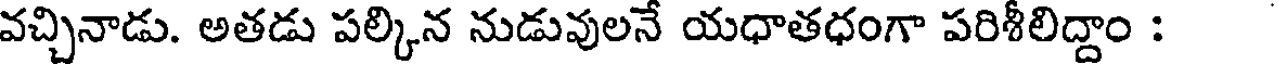
వచ్చినాడు. అతడు పల్కిన నుడువులనే యధాతధంగా పరిశీలిద్దాం :